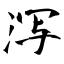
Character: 泻